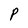
Character: P